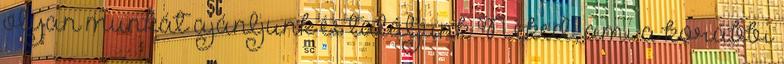
olyan munkát ajánljunk és találjunk Neked, ami a korábbi